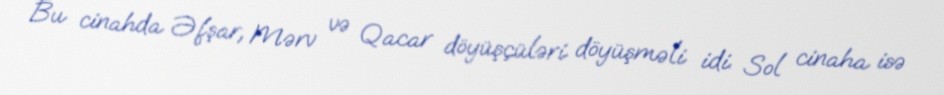
Bu cinahda Əfşar, Mərv və Qacar döyüşçüləri döyüşməli idi. Sol cinaha isə